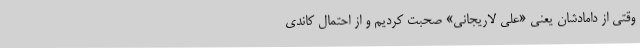
وقتی از دامادشان یعنی «علی لاریجانی» صحبت کردیم و از احتمال کاندی